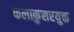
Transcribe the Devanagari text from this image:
कलाकुसरयुक्त